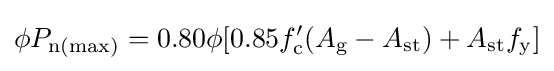
{\begin{aligned}{\phi }P_{\mathrm {n(max)} }&=0.80\phi [0.85f'_{\mathrm {c} }(A_{\mathrm {g} }-A_{\mathrm {st} })+A_{\mathrm {st} }f_{\mathrm {y} }]\\\end{aligned}}